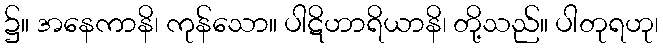
၌။ အနေကာနိ၊ ကုန်သော။ ပါဋိဟာရိယာနိ၊ တို့သည်။ ပါတုရဟု၊